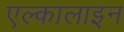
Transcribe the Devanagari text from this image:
एल्कालाइन